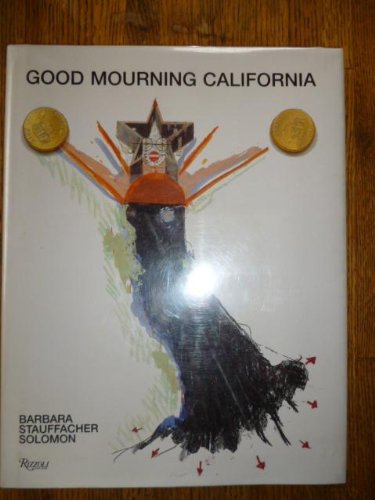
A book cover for Good Mourning California; Solo Stauffacher; Travel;